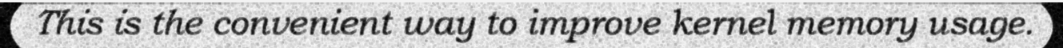
This is the convenient way to improve kernel memory usage.